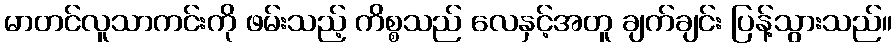
မာတင်လူသာကင်းကို ဖမ်းသည့် ကိစ္စသည် လေနှင့်အတူ ချက်ချင်း ပြန့်သွားသည်။